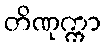
တိဏုက္ကာ